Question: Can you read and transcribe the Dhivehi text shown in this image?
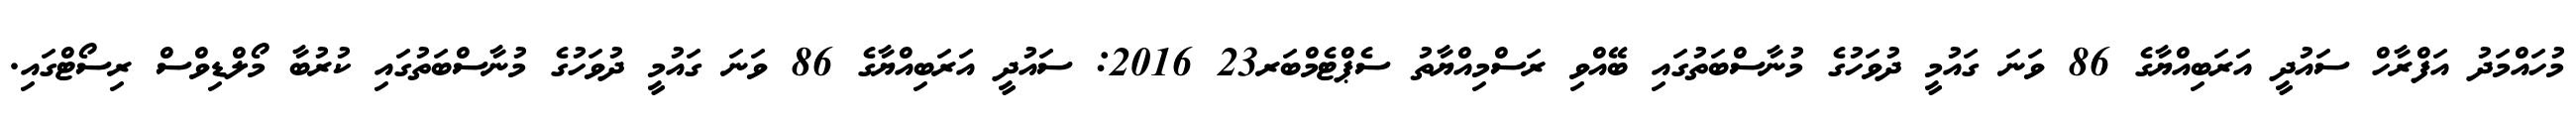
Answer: މުހައްމަދު އަފްރާހް ސައުދީ އަރަބިއްޔާގެ 86 ވަނަ ގައުމީ ދުވަހުގެ މުނާސްބަތުގައި ބޭއްވި ރަސްމިއްޔާތު ސެޕްޓެމްބަރ23 2016: ސައުދީ އަރަބިއްޔާގެ 86 ވަނަ ގައުމީ ދުވަހުގެ މުނާސްބަތުގައި ކުރުބާ މޯލްޑިވްސް ރިސޯޓްގައި.